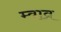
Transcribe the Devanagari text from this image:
म्वाव्र